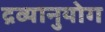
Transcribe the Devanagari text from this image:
द्रव्यानुयोग